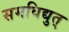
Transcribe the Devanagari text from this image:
समविद्युत्‌